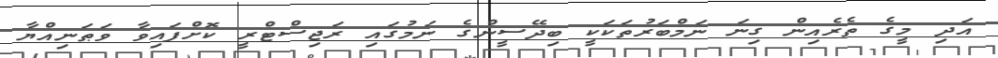
އަދި މީގެ ތެރެއިން ގިނަ ނަމްބަރުތަކަކީ ބިދޭސީންގެ ނަމުގައި ރަޖިސްޓްރީ ކޮށްފައިވާ ވަޠަނިއްޔާ